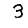
Digit: 3